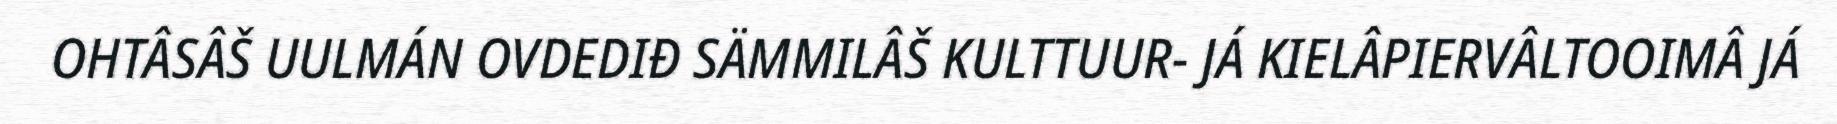
OHTÂSÂŠ UULMÁN OVDEDIĐ SÄMMILÂŠ KULTTUUR- JÁ KIELÂPIERVÂLTOOIMÂ JÁ